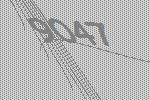
9047